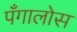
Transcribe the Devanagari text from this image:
पँगालोस